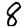
Digit: 8